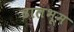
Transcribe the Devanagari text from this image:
ढालभूम